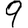
Digit: 9